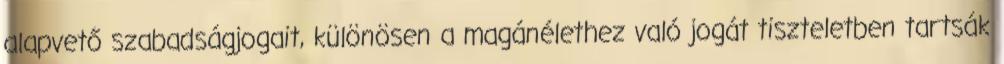
alapvető szabadságjogait, különösen a magánélethez való jogát tiszteletben tartsák